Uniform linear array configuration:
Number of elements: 24
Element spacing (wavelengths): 0.5
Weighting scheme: hamming
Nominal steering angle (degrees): -15
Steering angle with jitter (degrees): -15.995
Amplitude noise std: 0.05
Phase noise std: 0.05

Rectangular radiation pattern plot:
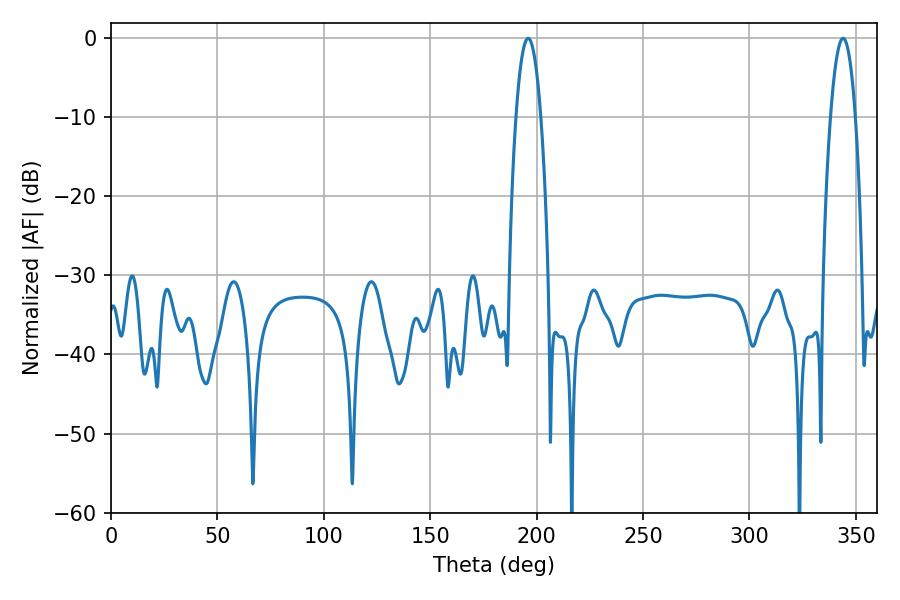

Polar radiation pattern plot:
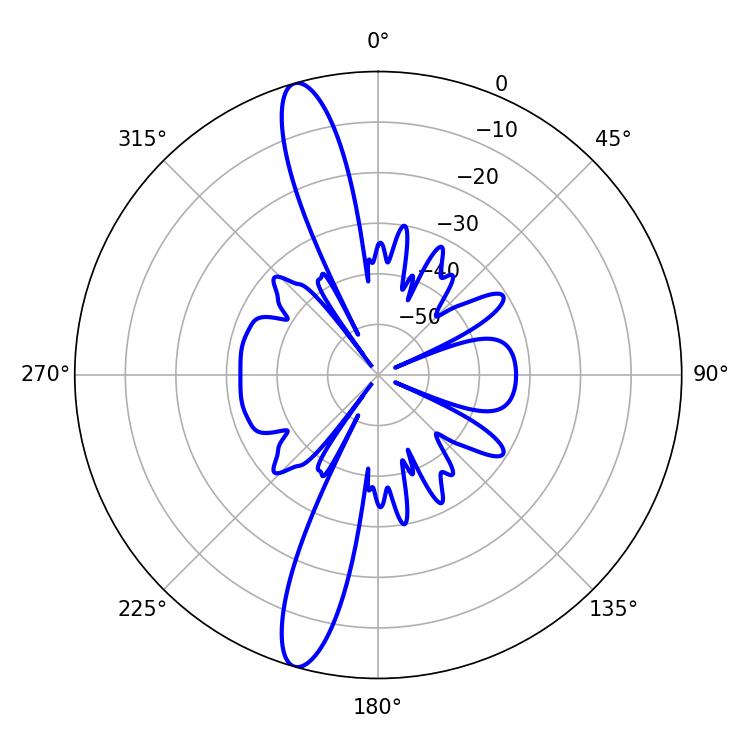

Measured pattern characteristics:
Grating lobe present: FALSE
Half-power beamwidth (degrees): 6.48
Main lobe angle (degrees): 196.02